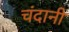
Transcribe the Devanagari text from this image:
चंदानी